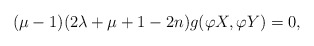
\begin{align*}(\mu-1)(2\lambda+\mu+1-2n)g(\varphi X,\varphi Y)=0,\end{align*}